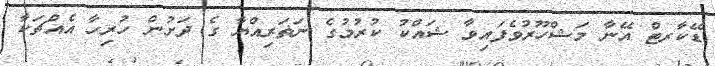
ޑޭކާރޓް އޭނާ މަޝްހޫރުވެފައިވާ ޝައްކު ކުރުމުގެ ނަޡަރިއްޔާ ގެ ދަށުން ހުރިހާ އެއްޗަކާ